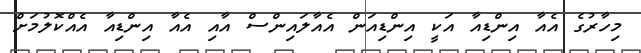
މިހާރުގެ އެއާ އިންޑިއާ އަކީ އިންޑިއަން އެއާލައިންސް އާއި އެއާ އިންޑިއާ އެއްކޮލުމަށް